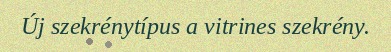
Új szekrénytípus a vitrines szekrény.